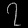
Digit: ၇